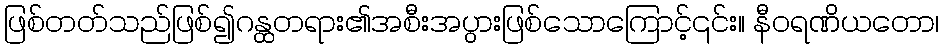
ဖြစ်တတ်သည်ဖြစ်၍ဂန္ထတရား၏အစီးအပွားဖြစ်သောကြောင့်၎င်း။ နီဝရဏိယတော၊